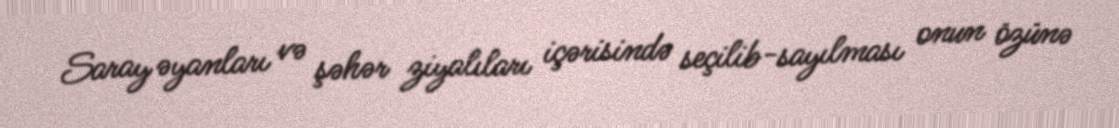
Saray əyanları və şəhər ziyalıları içərisində seçilib-sayılması onun özünə